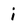
Character: i